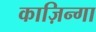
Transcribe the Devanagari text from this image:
काज़िन्गा